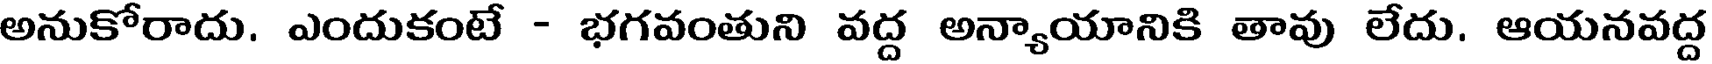
అనుకోరాదు. ఎందుకంటే - భగవంతుని వద్ద అన్యాయానికి తావు లేదు. ఆయనవద్ద